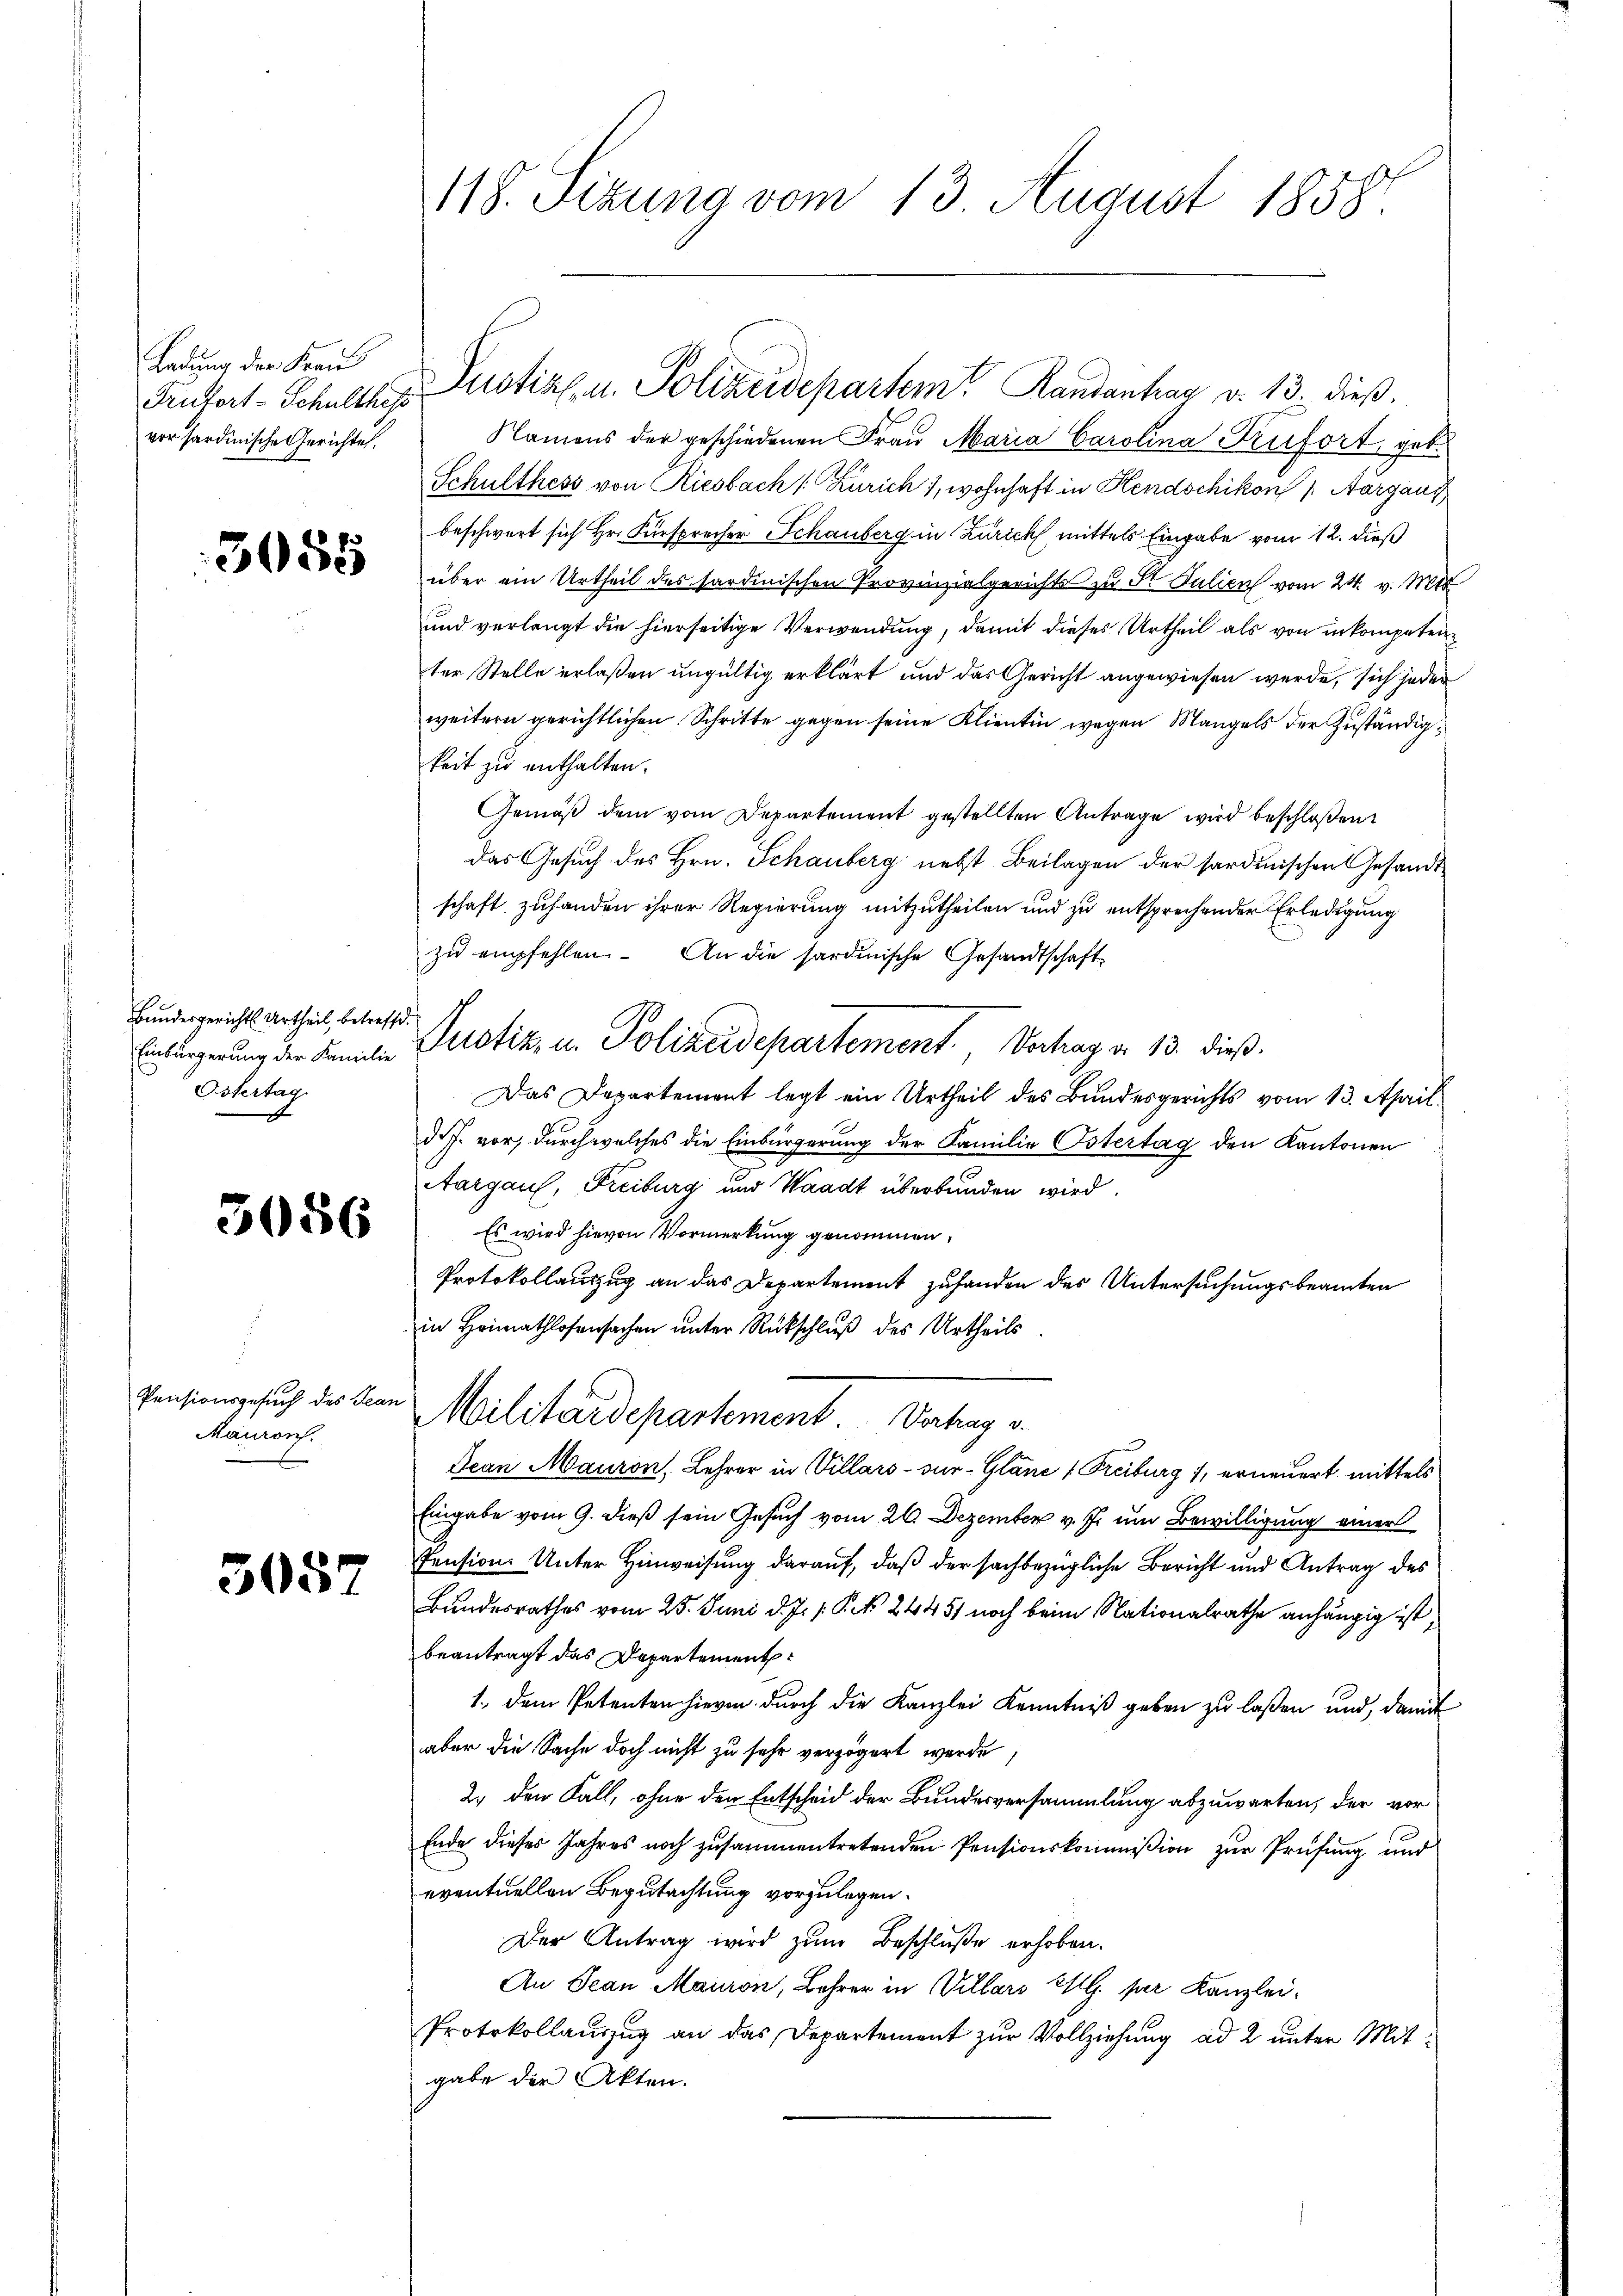
Ladung der Frau
vor sardinische Gerichtes.

3058

Bandesgericht Urtheil, betreffe.
Östertag

3086

Pensionsgesuch des Teas
Mauron.

3057

118. Sizung vom 13. August 1858.

Namens der geschiedenen Frau Maria Carolina Trifort, geb.
Schulthess von Riesbach [Zürich), wohnhaft in Hendschikon /: Aargaus
beschwert sich Hr. Fürsprecher Schauberg in Zürich mittels Eingabe vom 12. dieß
über ein Urtheil des sardinischen Provinzialgerichts zu St. Julien vom 24. v. Mitt
und verlangt die hierseitige Verwendung, damit dieses Urtheil als von in kompeten
ter Stelle erlaßen ungültig erklärt und das Gericht angewiesen werde, sich jeder
weitern gerichtlichen Schritte gegen seine Klientin wegen Mangels der Zuständigkeit zu enthalten.
Gemäß dem vom Departement gestellten Antrage wird beschloßen:
das Gesuch des Hrn. Schauberg nebst Beilagen der sardinischen Gesandtschaft zuhanden ihrer Regierung mitzutheilen und zu entsprechender Erledigung
zŭ empfehlen. An die sardinische Gesandtschaft
Einbürgerung der Familie Potiz u. Polizeidepartement. Verhag a. 13. dieß.
Das Departement legt ein Urtheil des Bundesgerichts vom 13. April
d.J. vor, durch welches die Einbürgerung der Familie Ostertag den Kantonen
Aargau, Freiburg und Waadt überbunden wird.
Es wird hievon Vormerkung genommen.
Protokollauszug an das Departement zufanden des Untersuchungsbeamten
in Heimathlosenschen unter Rückschluß des Urtheils.
Militärdepartement. Vortrag u.
Dean Mauron, Lehrer in Villars sur-Gläne Freiburg), erneuert mittels
Eingabe vom 9. dieß sein Gesuch vom 26. Dezember v. J. um Bewilligung einer
Pension. Unter Hinweisung darauf, daß der sachbezügliche Bericht und Antrag des
Bundesrathes vom 25. Juni d. J. P. 24451 noch beim Nationalrathe anhängig ist,
beantragt das Departement:
1., dem Petenten hievon durch die Kanzlei Kenntniß geben zu laßen und, damit
aber die Sache doch nicht zu sehr verzögert werde;
2.) den Fall, ohne den Entscheid der Bundesversammlung abzuwarten, der vor
Ende dieser Jahres noch zusammentretenden Pensionskommißion zur Prüfung und
eventuellen Begutachtung vorzulegen.
Der Antrag wird zum Beschluße erhoben.
An Jean Mauron, Lehrer in Villars PG. per Kanzlei¬
Protokollauszug an das Departement zur Vollziehung ad 2 unter Mitgabe der Akten.

Finfort-Schulthes Zustiz- u. Polizeidepartem Randantrag d. 13. dieß.